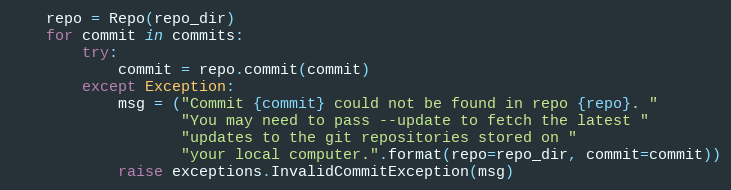
Language: Python
    repo = Repo(repo_dir)
    for commit in commits:
        try:
            commit = repo.commit(commit)
        except Exception:
            msg = ("Commit {commit} could not be found in repo {repo}. "
                   "You may need to pass --update to fetch the latest "
                   "updates to the git repositories stored on "
                   "your local computer.".format(repo=repo_dir, commit=commit))
            raise exceptions.InvalidCommitException(msg)